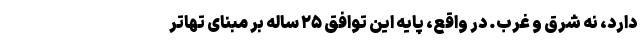
دارد، نه شرق و غرب. در واقع، پایه این توافق ۲۵ ساله بر مبنای تهاتر